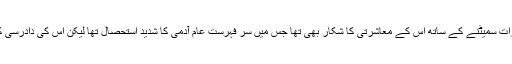
انیسویں صدی کا برطانیہ صنعتی انقلاب کے معاشی ثمرات سمیٹنے کے ساتھ اس کے معاشرتی کا شکار بھی تھا جس میں سر فہرست عام آدمی کا شدید استحصال تھا لیکن اس کی دادرسی کے لیے ریاست اور مذہبی قیادت دونوں ہی تیار نہ تھے۔